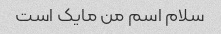
سلام اسم من مایک است